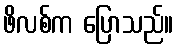
ဖိလစ်က ပြောသည်။